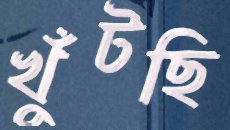
খুঁটছি